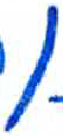
אות: ן